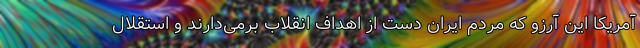
آمریکا این آرزو که مردم ایران دست از اهداف انقلاب برمی‌دارند و استقلال